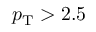
p _ { \mathrm { T } } > 2 . 5